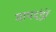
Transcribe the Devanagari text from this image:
मापदंड़ों